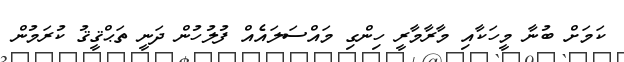
ކަމަށް ބުނާ މީހަކާއި މާރާމާރީ ހިންގި މައްސަލައެއް ފުލުހުން ދަނީ ތަޙްޤީޤު ކުރަމުން